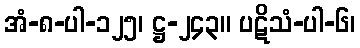
အံ-၈-ပါ-၁၂၅၊ ဋ္ဌ-၂၄၃။ ပဋိသံ-ပါ-၆၊